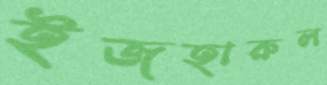
ইজহারুল